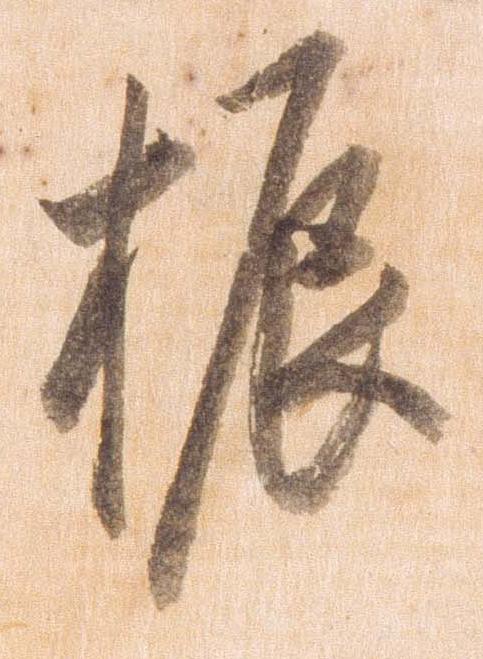
振